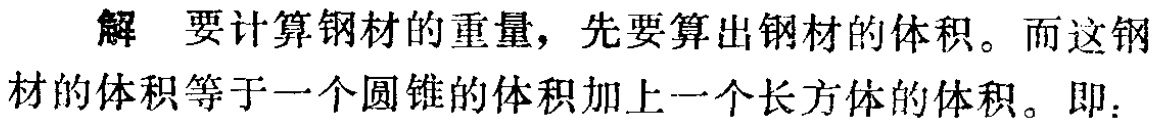
解 要计算钢材的重量，先要算出钢材的体积。而这钢材的体积等于一个圆锥的体积加上一个长方体的体积。即：